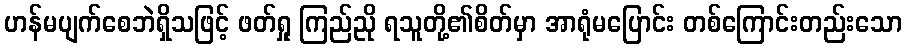
ဟန်မပျက်စေဘဲရှိသဖြင့် ဖတ်ရှု ကြည်ညို ရသူတို့၏စိတ်မှာ အာရုံမပြောင်း တစ်ကြောင်းတည်းသော